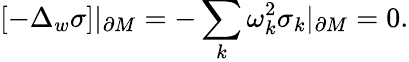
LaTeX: \left[-\Delta_{w}\sigma\right]|_{\partial M}=-\sum_{k}\omega_{k}^{2}\sigma_{k}|_{\partial M}=0.